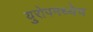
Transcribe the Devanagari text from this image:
युरोपमध्येच